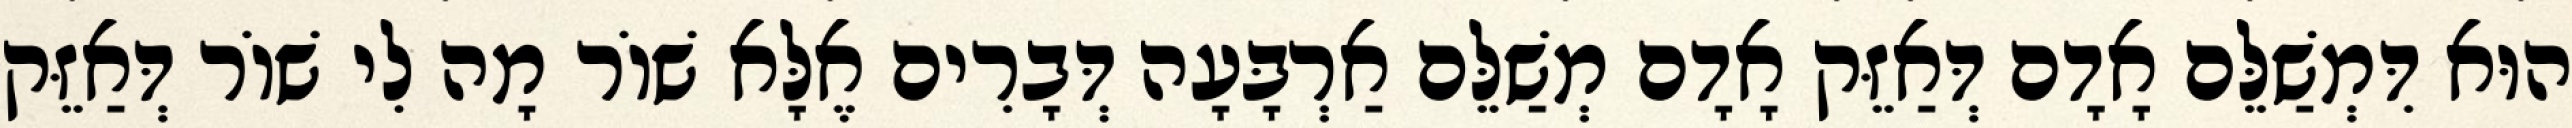
הוּא דִּמְשַׁלֵּם אָדָם דְּאַזֵּק אָדָם מְשַׁלֵּם אַרְבָּעָה דְּבָרִים אֶלָּא שׁוֹר מָה לִי שׁוֹר דְּאַזֵּק